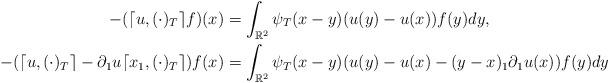
LaTeX: \begin{align*}-( \lceil u,(\cdot)_T \rceil f)(x)&=\int_{\mathbb{R}^2}\psi_T(x-y)(u(y)-u(x))f(y)dy,\\-(\lceil u,(\cdot)_T\rceil-\partial_1u \lceil x_1,(\cdot)_T\rceil )f(x)&=\int_{\mathbb{R}^2}\psi_T(x-y)(u(y)-u(x)-(y-x)_1\partial_1u(x))f(y)dy\end{align*}